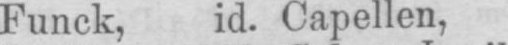
Funck, id. Capellen,